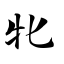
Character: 牝